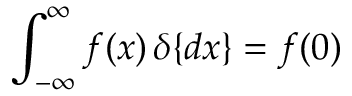
\int _ { - \infty } ^ { \infty } f ( x ) \, \delta \{ d x \} = f ( 0 )